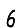
Digit: 6